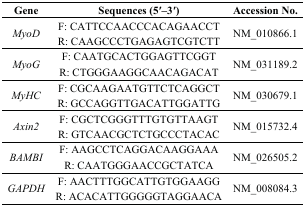
| Gene | Sequences (5′–3′) | Accession No. |
 | --- | --- | --- |
 | <ROWSPAN=2> MyoD | F: CATTCCAACCCACAGAACCT | <ROWSPAN=2> NM_010866.1 |
 | R: CAAGCCCTGAGAGTCGTCTT |
 | <ROWSPAN=2> MyoG | F: CAATGCACTGGAGTTCGGT | <ROWSPAN=2> NM_031189.2 |
 | R: CTGGGAAGGCAACAGACAT |
 | <ROWSPAN=2> MyHC | F: CGCAAGAATGTTCTCAGGCT | <ROWSPAN=2> NM_030679.1 |
 | R: GCCAGGTTGACATTGGATTG |
 | <ROWSPAN=2> Axin2 | F: CGCTCGGGTTTGTGTTAAGT | <ROWSPAN=2> NM_015732.4 |
 | R: GTCAACGCTCTGCCCTACAC |
 | <ROWSPAN=2> BAMBI | F: AAGCCTCAGGACAAGGAAA | <ROWSPAN=2> NM_026505.2 |
 | R: CAATGGGAACCGCTATCA |
 | <ROWSPAN=2> GAPDH | F: AACTTTGGCATTGTGGAAGG | <ROWSPAN=2> NM_008084.3 |
 | R: ACACATTGGGGGTAGGAACA |